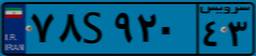
۷۸S۹۲۰۴۳